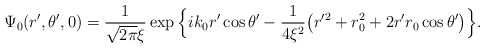
\begin{align*}\Psi_0(r',\theta',0)={1\over\sqrt{2\pi}\xi}\exp\Big{\{}i k_0r'\cos\theta'-{1\over4\xi^2}\big(r'^2+r_0^2+2r'r_0\cos\theta'\big)\Big{\}}.\end{align*}